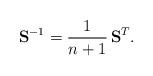
LaTeX: \begin{align*}{\bf S}^{-1}=\frac{1}{n+1}\, {\bf S}^{T}.\end{align*}